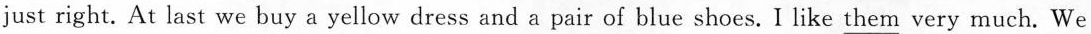
just right. At last we buy a yellow dress and a pair of blue shoes. I like _them very much. We